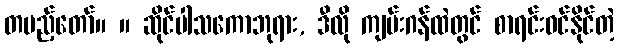
တပည့်တော်။ ။ ဆိုင်ပါသကောဘုရား, ဒီလို ကျမ်းဂန်ထဲတွင် စာရင်းဝင်နိုင်တဲ့